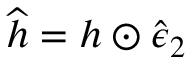
\widehat { \boldsymbol { h } } = \boldsymbol { h } \odot \widehat { \boldsymbol { \epsilon } } _ { 2 }